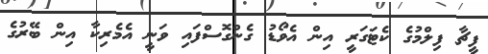
ފީޗާ ފިލްމުގެ ކެޓަގަރީ އިން އެވޯޑު ގެންގޮސްފައި ވަނީ އެމެރިކާ އިން ބޭރުގެ